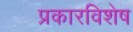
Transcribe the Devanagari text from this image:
प्रकारविशेष